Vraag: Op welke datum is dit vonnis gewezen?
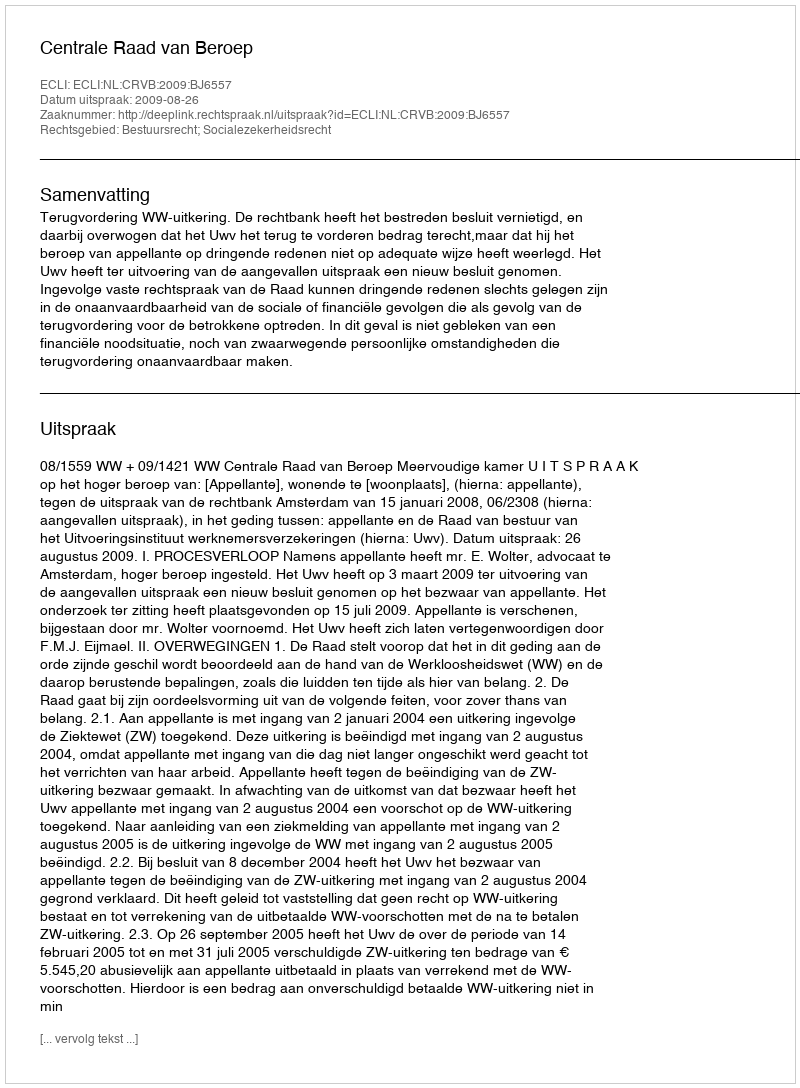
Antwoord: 2009-08-26